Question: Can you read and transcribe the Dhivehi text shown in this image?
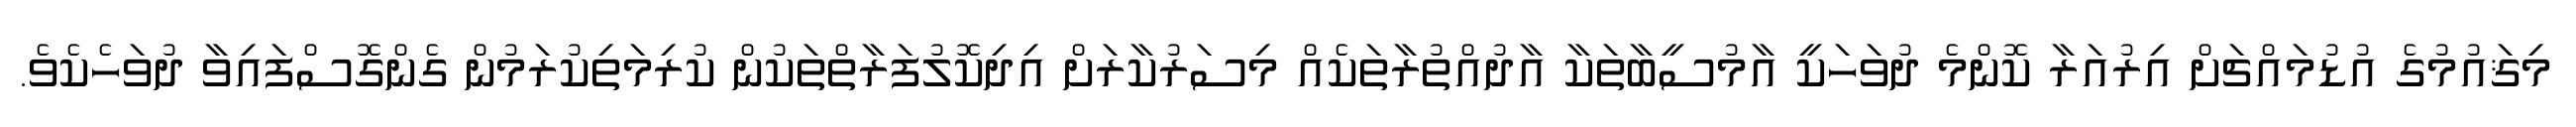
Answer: މިޤައުމުގެ އުޑުމައްޗަށް އިރުއަރާ ކޮންމެ ދުވަހަކީ އާމުސީބާތަކާ އާދުއްތުރާތަކެއް މިސަރުކާރަށް އިދިކޮލުފަރާތްތަކުން ކުރިމަތިކުރަމުން ގެންގޮސްފައިވާ ދުވަހެކެވެ.